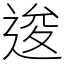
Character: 逡